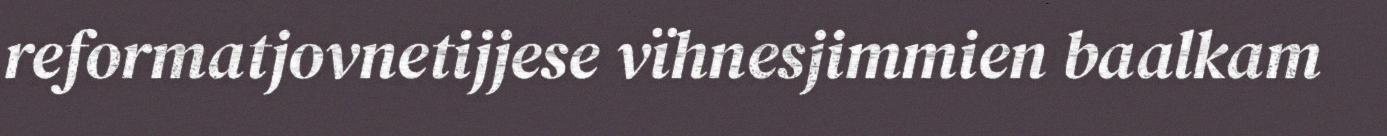
reformatjovnetijjese vïhnesjimmien baalkam